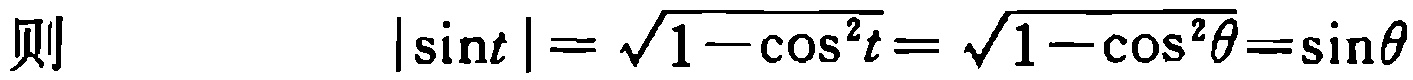
则 \(\vert\sin t\vert = \sqrt{1 - \cos^{2}t} = \sqrt{1 - \cos^{2}\theta}=\sin\theta\)